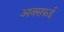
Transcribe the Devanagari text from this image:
आक्सफ़र्ड